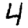
Digit: 4